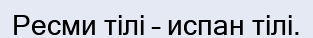
Ресми тілі – испан тілі.